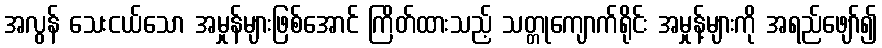
အလွန် သေးငယ်သော အမှုန်များဖြစ်အောင် ကြိတ်ထားသည့် သတ္တုကျောက်ရိုင်း အမှုန့်များကို အရည်ဖျော်၍